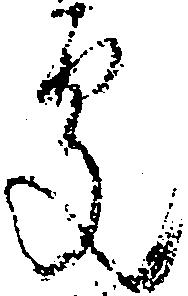
処